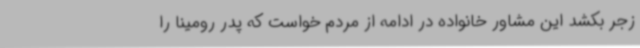
زجر بکشد این مشاور خانواده در ادامه از مردم خواست که پدر رومینا را